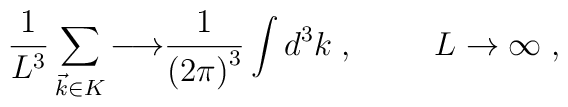
{1 \over L^3} \sum_{\vec{k}\in K} {\longrightarrow}{1 \over {(2 \pi)}^3}  \int d^3 k\;,\hspace{1cm}{L \rightarrow \infty}\;,